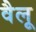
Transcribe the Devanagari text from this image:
वैलू